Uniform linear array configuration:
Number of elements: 24
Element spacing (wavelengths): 0.5
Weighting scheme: hamming
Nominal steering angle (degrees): -60
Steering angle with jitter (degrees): -59.636
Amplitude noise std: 0.05
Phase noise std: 0.05

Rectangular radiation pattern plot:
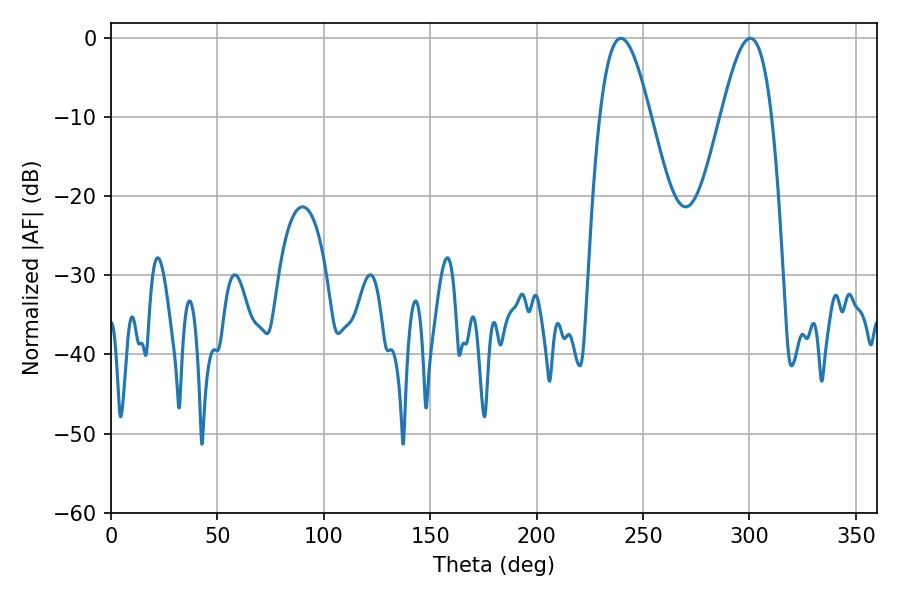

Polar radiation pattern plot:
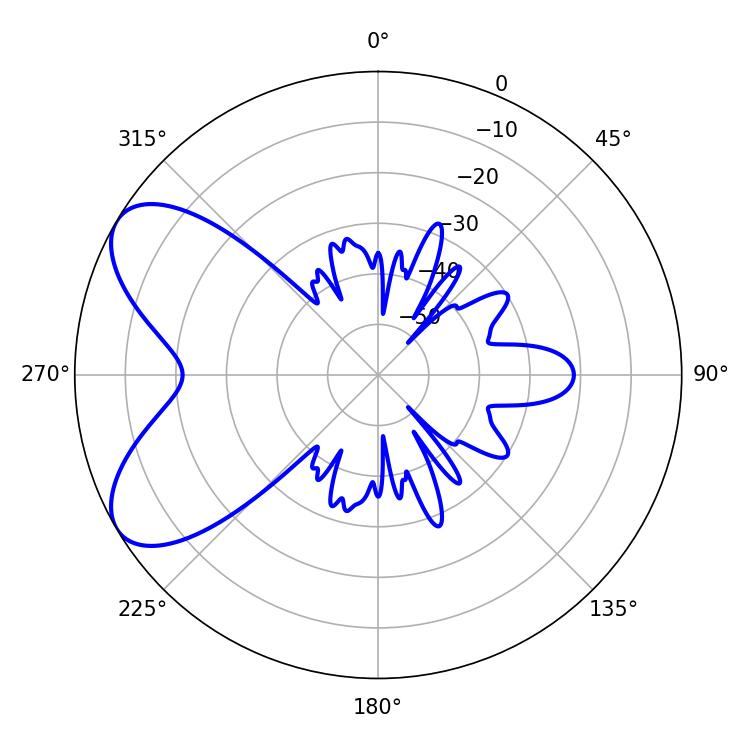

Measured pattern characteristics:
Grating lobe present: FALSE
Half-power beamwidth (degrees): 12.78
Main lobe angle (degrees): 239.58